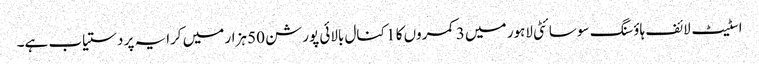
اسٹیٹ لائف ہاؤسنگ سوسائٹی لاہور میں 3 کمروں کا 1 کنال بالائی پورشن 50 ہزار میں کرایہ پر دستیاب ہے۔